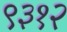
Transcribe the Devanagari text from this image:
९३१२